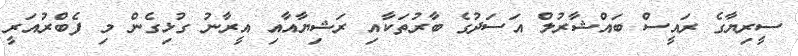
ސީރިޔާގެ ރައީސް ބައްޝާރުލް އަސަދުގެ ބާރުތަކާއި ރަޝިޔާއާއި އީރާނު ގުޅިގެން މި ފެބްރުއަރީ